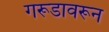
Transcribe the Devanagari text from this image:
गरूडावरून